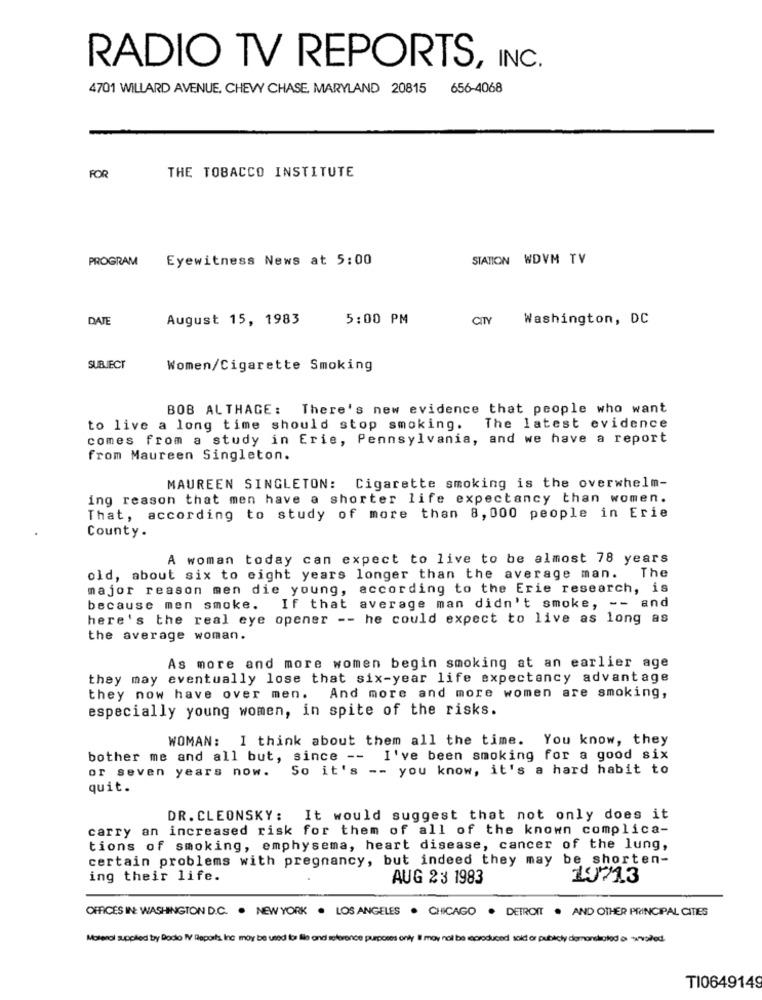
RADIO TV REPORTS, INC.
4701 WILLARD AVENUE, CHEVY CHASE, MARYLAND 20815 656-4068
FOR
THE TOBACCO INSTITUTE
PROGRAM
Eyewitness News at 5:00
STATION WDVM TV
DATE
August 15, 1983
5:00 PM
CITY
Washington, DC
SUBJECT
Women/Cigarette Smoking
BOB ALTHAGE: There's new evidence that people who want
to live a long time should stop smoking. The latest evidence
comes from a study in Erie, Pennsylvania, and we have a report
from Maureen Singleton.
MAUREEN SINGLETON: Cigarette smoking is the overwhelm-
ing reason that men have a shorter life expectancy than women.
That, according to study of more than 8, 000 people in Erie
County.
A woman today can expect to live to be almost 78 years
old, about six to eight years longer than the average man.
The
major reason men die young, according to the Erie research, is
because men smoke. If that average man didn't smoke, -- and
here's the real eye opener -- he could expect to live as long as
the average woman.
As more and more women begin smoking at an earlier age
they may eventually lose that six-year life expectancy advantage
they now have over men. And more and more women are smoking,
especially young women, in spite of the risks.
WOMAN: I think about them all the time. You know, they
bother me and all but, since -- I've been smoking for a good six
So it's -- you know, it's a hard habit to
or seven years now.
quit.
DR. CLEONSKY: It would suggest that not only does it
carry an increased risk for them of all of the known complica-
tions of smoking, emphysema, heart disease, cancer of the lung,
certain problems with pregnancy, but indeed they may be shorten-
ing their life.
AUG 23 1983
19713
OFFICES IN: WASHINGTON D.C. . NEW YORK . LOS ANGELES . CHICAGO . DETROIT . AND OTHER PRINCIPAL CITIES
Motenol supplied by Bocio IV Reports, Inc may be used for ile and reference purposes only i may not be reproduced sold or publicly demonioled a wołed.
TI0649149